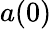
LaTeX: a(0)